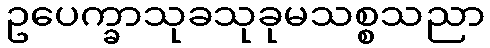
ဥပေက္ခာသုခသုခုမသစ္စသညာ